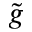
\tilde { g }